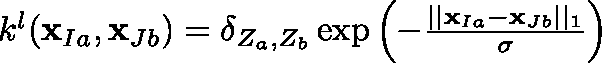
\begin{array} { r } { k ^ { l } ( \mathbf { x } _ { I a } , \mathbf { x } _ { J b } ) = \mathbf { \delta } _ { Z _ { a } , Z _ { b } } \exp { \left( - \frac { \vert \vert \mathbf { x } _ { I a } - \mathbf { x } _ { J b } \vert \vert _ { 1 } } { \sigma } \right) } ~ } \end{array}